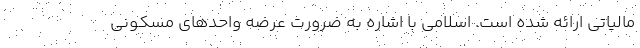
مالیاتی ارائه شده است. اسلامی با اشاره به ضرورت عرضه واحدهای مسکونی